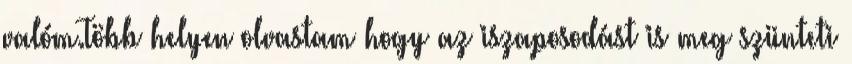
valóm.Több helyen olvastam hogy az iszaposodást is meg szünteti